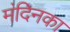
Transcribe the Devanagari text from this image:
मंदिनका